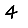
Digit: 4